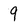
Character: 9